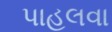
પાહલવા